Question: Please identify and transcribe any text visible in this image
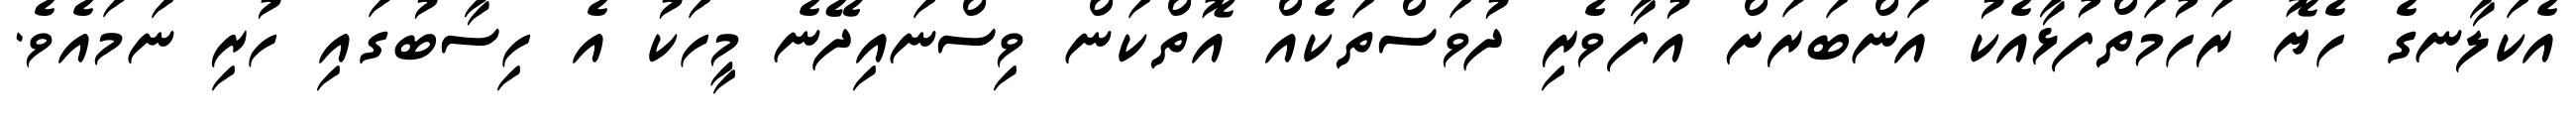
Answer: އެކަލާނގެ ހެޔޮ ރަހުމަތްފުޅާއެކު އަންބަރަށް އުފާވެރި ދުވަސްތަކެއް އޮތްކަން ވިސްނައިދޭނެ މީހަކު އެ ހިސާބުގައި ހުރި ނަމައެވެ.